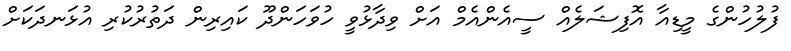
ފުލުހުންގެ މީޑިއާ އޮފިޝަލެއް ސީއެންއެމް އަށް ވިދާޅުވީ ހުވަހަންދޫ ކައިރިން ދަތުރުކުރި އުޅަނދަކަށް